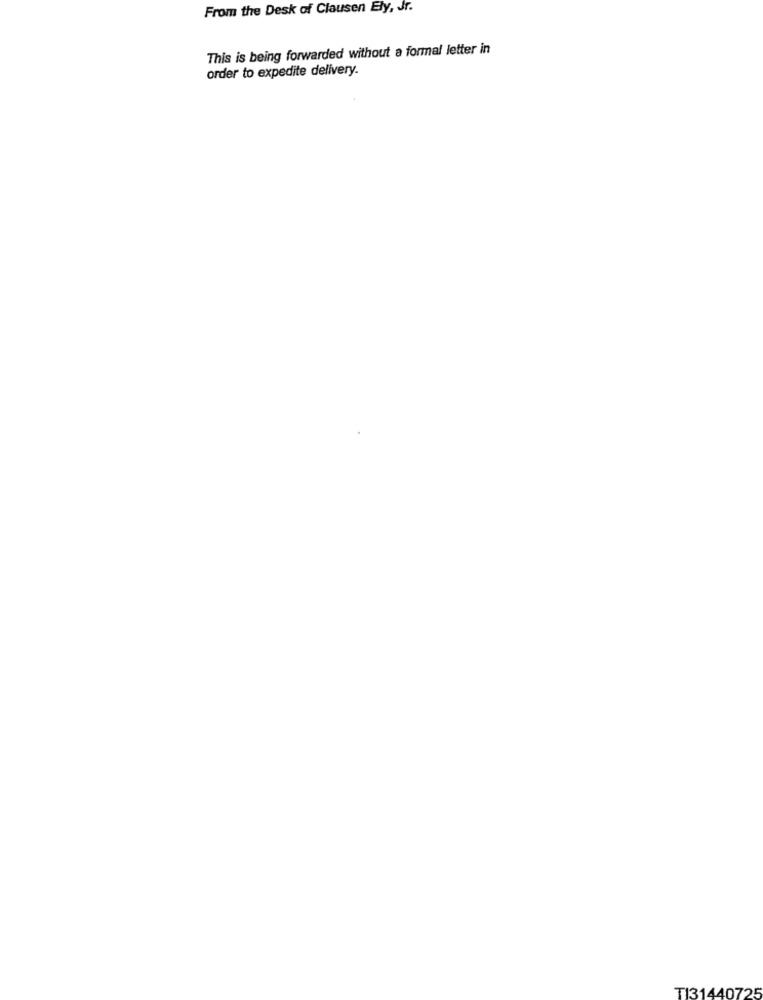
From the Desk of Clausen Ely, Jr.
This is being forwarded without a formal letter in
order to expedite delivery.
TI31440725